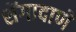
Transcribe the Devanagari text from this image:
शेंगादाणे